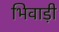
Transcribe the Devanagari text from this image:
भिवाड़ी